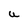
Character: U